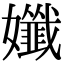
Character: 孅